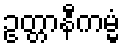
ဥတ္တာနီကမ္မံ